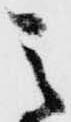
之